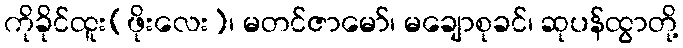
ကိုခိုင်ထူး(ဖိုးလေး)၊ မတင်ဇာမော်၊ မချောစုခင်၊ ဆုပန်ထွာတို့